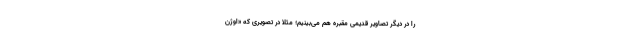
را در دیگر تصاویر قدیمی مقبره هم می‌بینیم؛ مثلا در تصویری که «اوژن